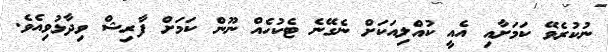
ނުކުރެވޭ ކަމަށާއި އެއީ ކުއްލިއަކަށް ނެގޭނެ ޓެކުހެއް ނޫން ކަމަށް ފާރިޝް ވިދާޅުވިއެވެ.